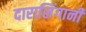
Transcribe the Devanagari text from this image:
दारासिंगानी